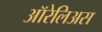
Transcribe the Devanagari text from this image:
ऑरेलिअस